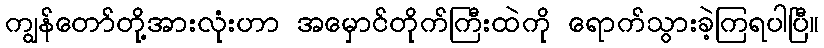
ကျွန်တော်တို့အားလုံးဟာ အမှောင်တိုက်ကြီးထဲကို ရောက်သွားခဲ့ကြရပါပြီ။